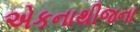
એકનાથીજના